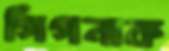
গিগনাক